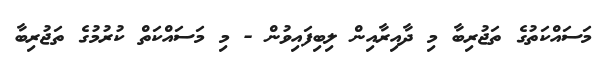
މަސައްކަތުގެ ތަޖުރިބާ މި ދާއިރާއިން ލިބިފައިވުން - މި މަސައްކަތް ކުރުމުގެ ތަޖުރިބާ